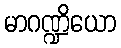
မာဂဏ္ဍိယော